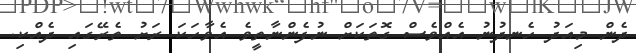
ދެން މިއަދު ހެނދުނު އެއްވެސް ގޮތަކަށް ނުފެންނާތީވެ އެވާހަކަ ރަށު ތެރޭގައި ދެއްކި.